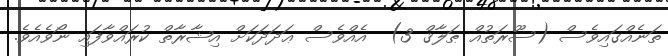
ތަނެއްގައިވެސް (ސޫރަތުއް ޠަލާޤް 3)  އެއްވެސް ޢަދަދަކަށް އިޝާރާތް ކުރައްވާފައި ނޯވެއެވެ.